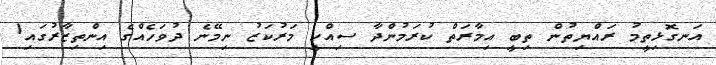
އަނގޮޅިތީމު ރައްޔިތުން ތިބީ އިމާރަތް ކުރަމުންދާ ސިއްހީ މަރުކަޒު ނިމޭނެ ދުވަހެއްގެ އިންތިޒާރުގައި1